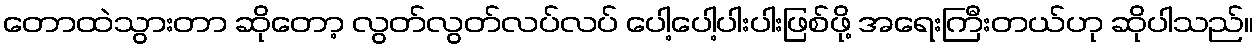
တောထဲသွားတာ ဆိုတော့ လွတ်လွတ်လပ်လပ် ပေါ့ပေါ့ပါးပါးဖြစ်ဖို့ အရေးကြီးတယ်ဟု ဆိုပါသည်။